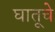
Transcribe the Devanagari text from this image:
घातूचे